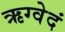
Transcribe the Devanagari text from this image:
ऋग्वेदं